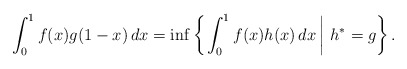
\begin{align*}\int^1_0 f(x) g(1-x) \, dx = \inf\left\{ \left. \int^1_0 f(x) h(x)\, dx \, \right| \, h^* = g \right\}.\end{align*}